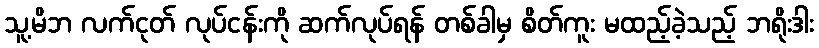
သူ့မိဘ လက်ငုတ် လုပ်ငန်းကို ဆက်လုပ်ရန် တစ်ခါမှ စိတ်ကူး မထည့်ခဲ့သည့် ဘရိုးဒါး